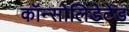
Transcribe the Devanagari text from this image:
कॉन्सोलिडेटेड